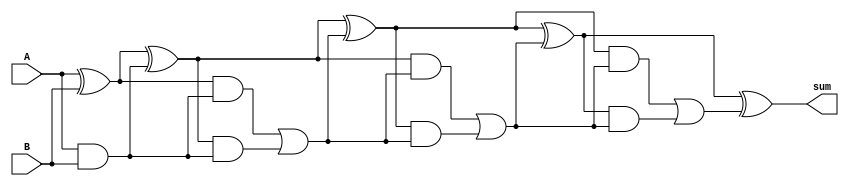
module brent_kung_adder (
    input [7:0] A,
    input [7:0] B,
    output reg [7:0] sum
);

reg [7:0] P[3:0];
reg [7:0] G[3:0];
reg [7:0] C[3:0];

assign P[0] = A ^ B;
assign G[0] = A & B;

assign P[1] = P[0] ^ C[0];
assign G[1] = P[0] & C[0];

assign P[2] = P[1] ^ C[1];
assign G[2] = P[1] & C[1];

assign P[3] = P[2] ^ C[2];
assign G[3] = P[2] & C[2];

assign sum = P[3] ^ C[3];

always @* begin
    C[0] = G[0];
    C[1] = G[1] | (P[1] & C[0]);
    C[2] = G[2] | (P[2] & C[1]);
    C[3] = G[3] | (P[3] & C[2]);
end

endmodule